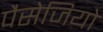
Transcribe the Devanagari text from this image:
पैसेजियो